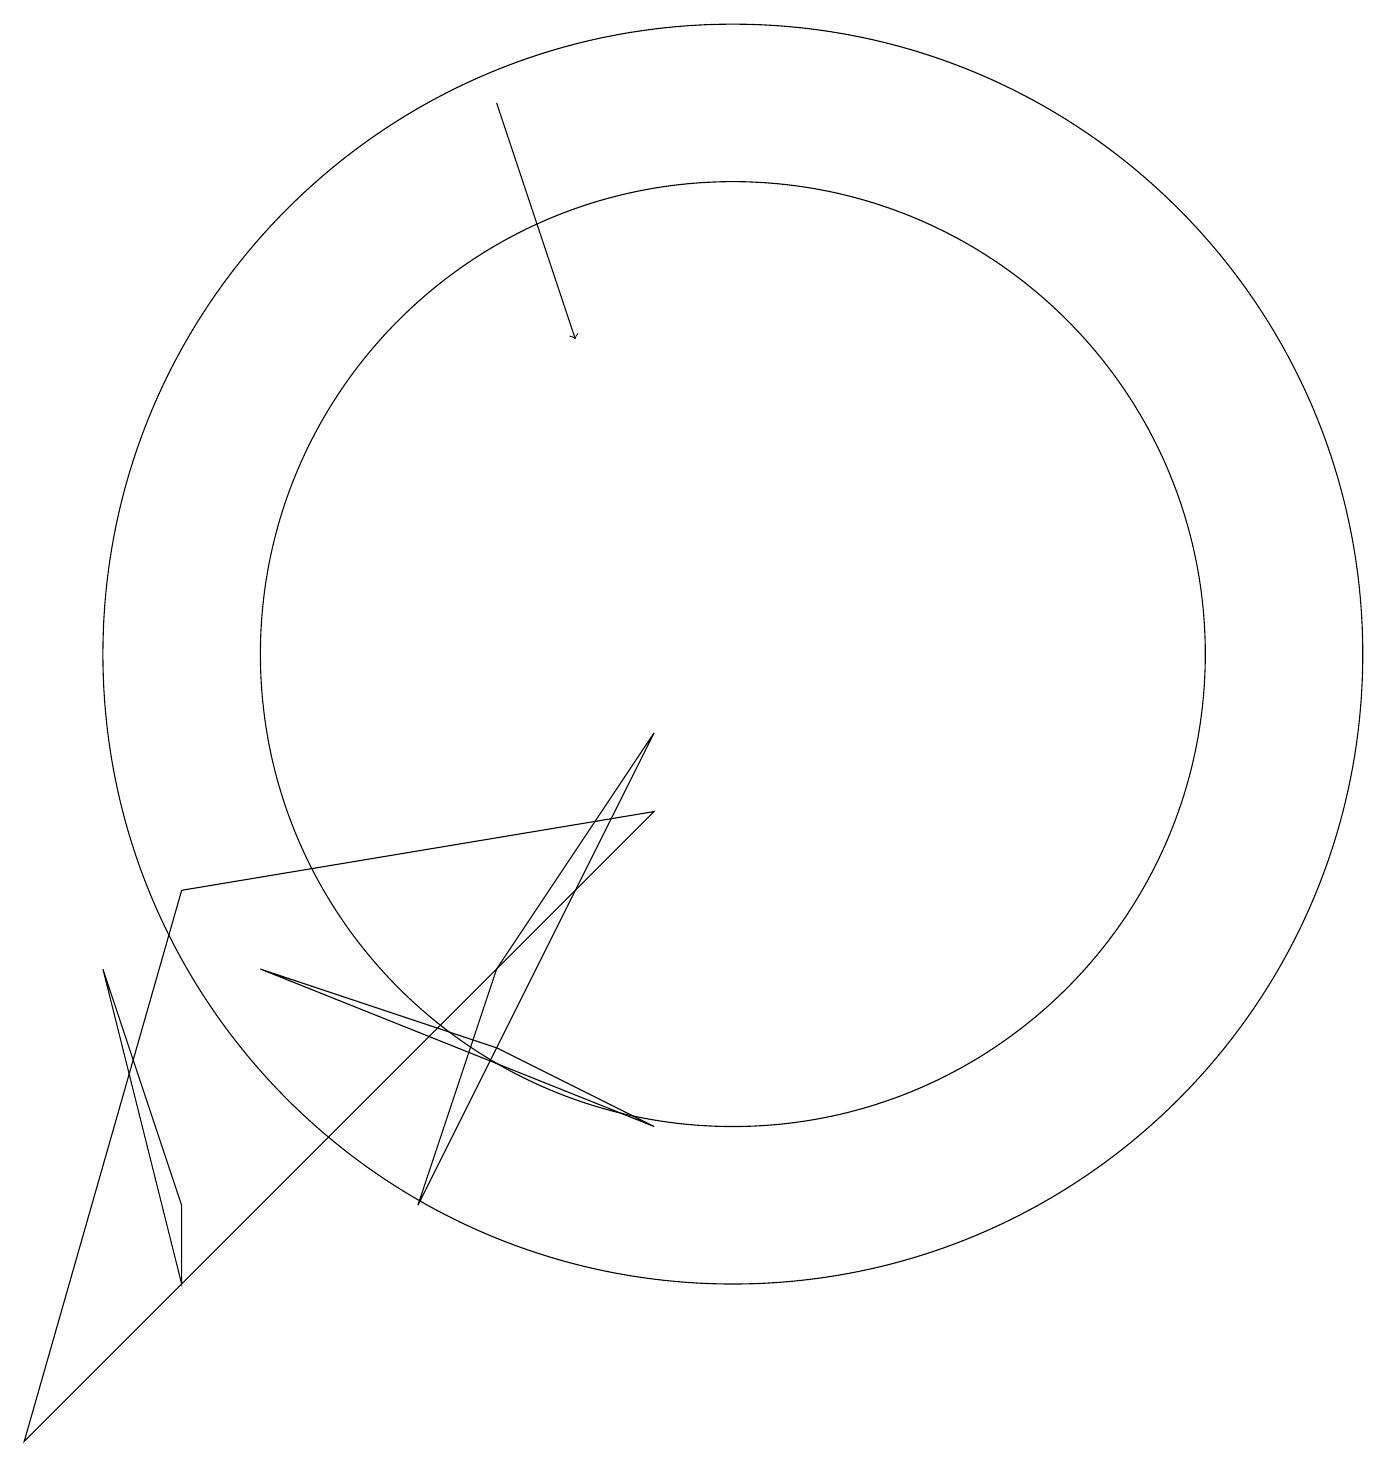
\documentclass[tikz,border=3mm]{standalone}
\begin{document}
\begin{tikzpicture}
\draw (10,10) circle (8);
\draw (6,3) -- (7,6) -- (9,9) -- cycle;
\draw[->] (7,17) -- (8,14);
\draw (3,2) -- (3,3) -- (2,6) -- cycle;
\draw (7,5) -- (4,6) -- (9,4) -- cycle;
\draw (10,10) circle (6);
\draw (3,7) -- (1,0) -- (9,8) -- cycle;
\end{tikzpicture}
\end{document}